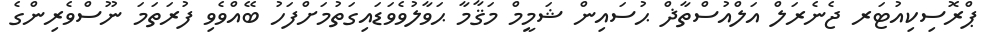
ޕްރޮސިކިއުޓަރ ޖެނެރަލް އަލްއުސްތާޛް ޙުސައިން ޝަމީމް މަޤާމާ ޙަވާލުވެވަޑައިގަތުމަށްފަހު ބޭއްވެވި ފުރަތަމަ ނޫސްވެރިންގެ